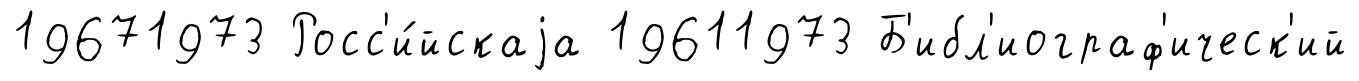
19671973 Росс'и́йскаjа 19611973 Б'ибл'иограф'ическ'ий